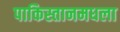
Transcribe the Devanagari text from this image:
पाकिस्तानमधला